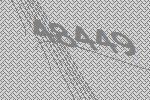
48449